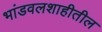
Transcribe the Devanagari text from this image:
भांडवलशाहीतील